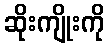
ဆိုးကျိုးကို